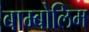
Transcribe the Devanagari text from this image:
बाम्बोलिम